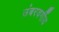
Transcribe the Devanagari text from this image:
उंबरवर्गीय